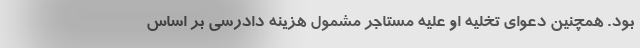
بود. همچنین دعوای تخلیه او علیه مستاجر مشمول هزینه دادرسی بر اساس